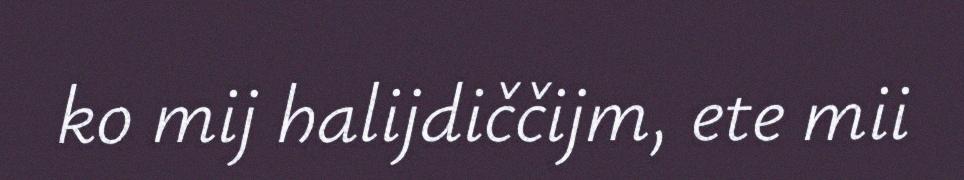
ko mij halijdiččijm, ete mii